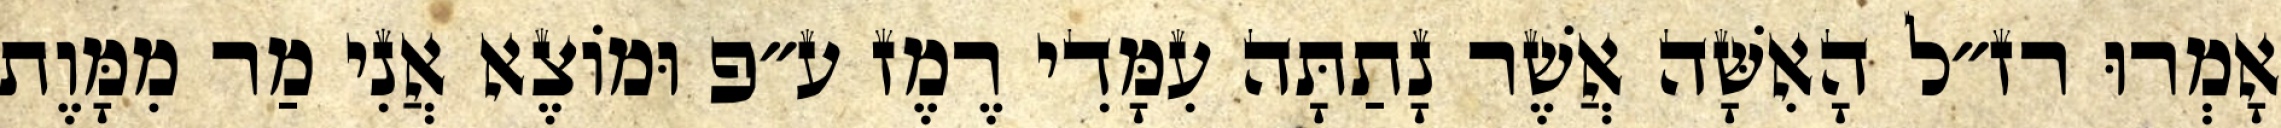
אָמְרוּ רז״ל הָאִשָּׁה אֲשֶׁר נָתַתָּה עִמָּדִי רֶמֶז ע״פ וּמוֹצֶא אֲנִי מַר מִמָּוֶת